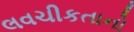
લવચીકતાનો